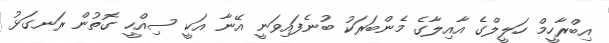
އިބްރާހީމް ހަލީލްގެ އާއިލާގެ މެންބަރަކު ބުނެފައިވަނީ އޭނާ އަކީ ސިއްހީ ގޮތުން ރަނގަޅު